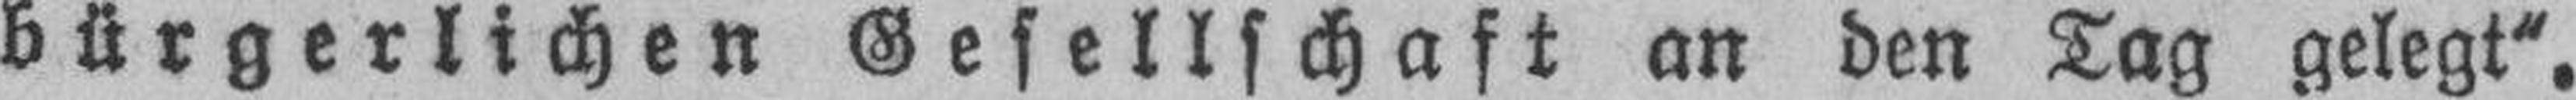
bürgerlichen Gesellschaft an den Tag gelegt“.